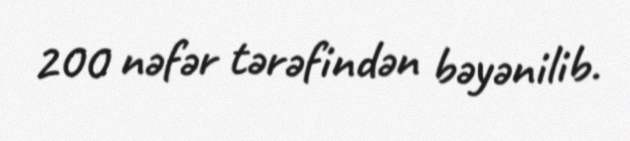
200 nəfər tərəfindən bəyənilib.